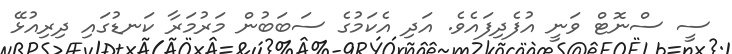
ސީ ސްނޮޓް ވަނީ އުފެދިފައެވެ. އަދި އެކަމުގެ ސަބަބުން މަރުމަރާ ކަނޑުގައި ދިރިއުޅޭ